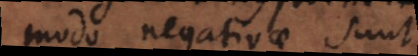
modo negativae sunt.